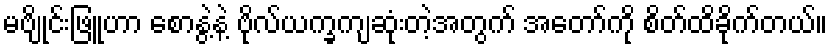
မဗျိုင်းဖြူဟာ စောနွဲ့နဲ့ ဗိုလ်ယက္ခကျဆုံးတဲ့အတွက် အတော်ကို စိတ်ထိခိုက်တယ်။